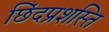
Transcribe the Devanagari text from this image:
छिंदप्रशस्ति